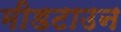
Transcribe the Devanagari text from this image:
मीडटाउन